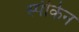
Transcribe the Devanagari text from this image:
स्पीकेन